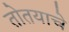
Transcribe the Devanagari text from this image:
तोतयाचे